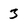
Character: 3